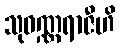
သုဝဏ္ဏရာဇီဟိ